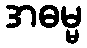
အဓမ္မ